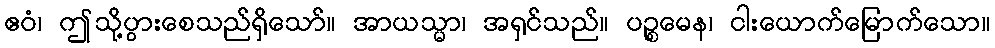
ဧဝံ၊ ဤသို့ပွားစေသည်ရှိသော်။ အာယသ္မာ၊ အရှင်သည်။ ပဉ္စမေန၊ ငါးယောက်မြောက်သော။